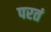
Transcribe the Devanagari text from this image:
परतं